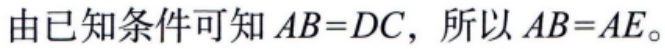
由已知条件可知 \(AB = DC\)，所以 \(AB = AE\)。